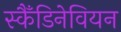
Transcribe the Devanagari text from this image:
स्कैँडिनेवियन